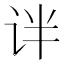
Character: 𫟟